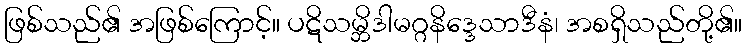
ဖြစ်သည်၏ အဖြစ်ကြောင့်။ ပဋိသမ္ဘိဒါမဂ္ဂနိဒ္ဒေသာဒီနံ၊ အစရှိသည်တို့၏။